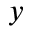
y